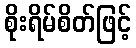
စိုးရိမ်စိတ်ဖြင့်